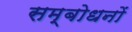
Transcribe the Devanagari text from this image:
सम्बोधनों